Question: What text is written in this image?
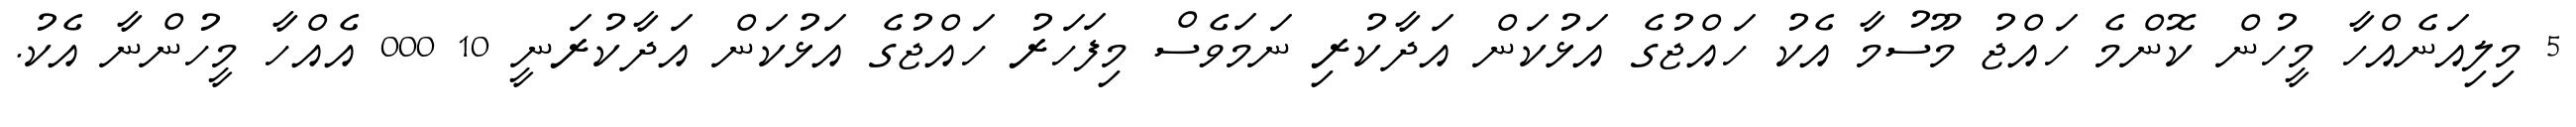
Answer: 5 މިލިއަނެއްހާ މީހުން ކޮންމެ ހައްޖު މޫސުމާ އެކު ހައްޖުގެ އަޅުކަން އަދާކުރި ނަމަވެސް މިފަހަރު ހައްޖުގެ އަޅުކަން އަދާކުރަނީ 10 000 އެއްހާ މީހުންނާ އެކު.